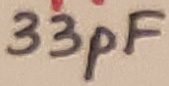
Text: 33pF